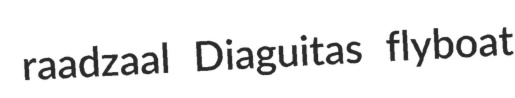
raadzaal Diaguitas flyboat